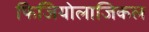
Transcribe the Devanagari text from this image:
फिजियोलाजिकल